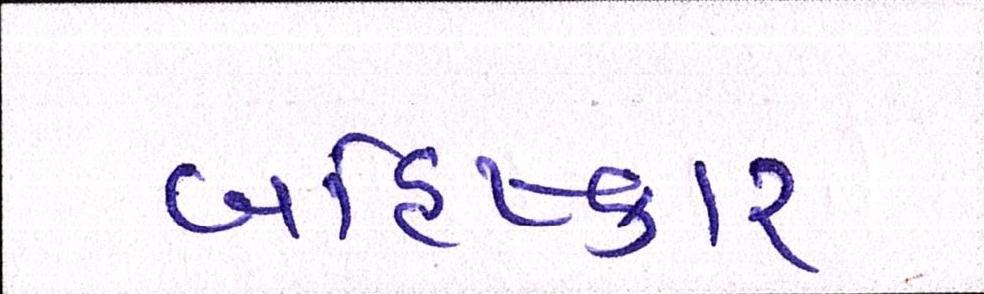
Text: બહિષ્કાર